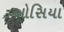
ઓસિયા